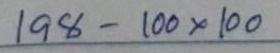
198 - 100x100